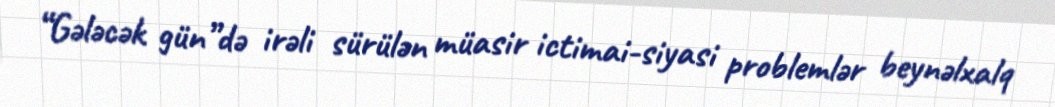
“Gələcək gün”də irəli sürülən müasir ictimai-siyasi problemlər beynəlxalq